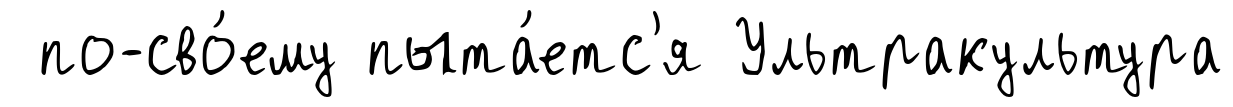
по-сво́ему пыта́етс'я Ультракультура